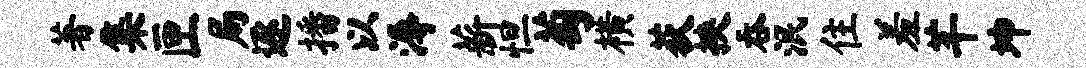
著集匣局逐播以溽薪怛萄横荻挟吞泯住羞芊坤